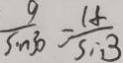
\frac { 9 } { \sin 3 0 } = \frac { 1 f } { \sin 3 }